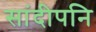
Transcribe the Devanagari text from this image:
सांदीपनि